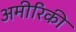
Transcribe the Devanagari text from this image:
अमीरिकी